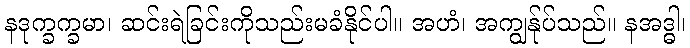
နဒုက္ခက္ခမာ၊ ဆင်းရဲခြင်းကိုသည်းမခံနိုင်ပါ။ အဟံ၊ အကျွန်ုပ်သည်။ နအဒ္ဓါ၊